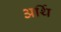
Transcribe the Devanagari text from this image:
अर्थि